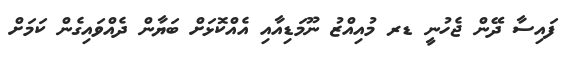
ފައިސާ ދޭން ޖެހުނީ ޑރ މުއިއްޒު ނޫމަޑިއާއި އެއްކޮޅަށް ބަޔާން ދެއްވައިގެން ކަމަށް